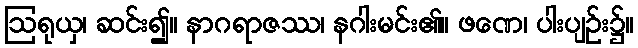
ဩရုယှ၊ ဆင်း၍။ နာဂရာဇဿ၊ နဂါးမင်း၏။ ဖဏေ၊ ပါးပျဉ်း၌။